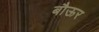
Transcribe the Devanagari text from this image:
बौऊर